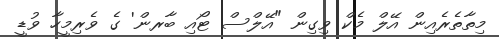
މިތާތެރެއިން އޭލް މެކް ވިގިން "އޭލްސް ޓޯއި ބާރން' ގެ ވެރިމީހާ ވުޑީ